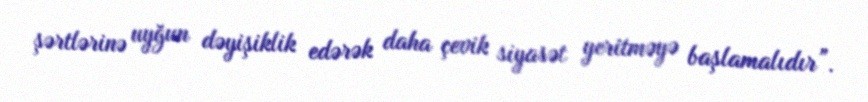
şərtlərinə uyğun dəyişiklik edərək daha çevik siyasət yeritməyə başlamalıdır”.